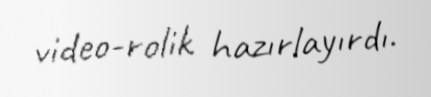
video-rolik hazırlayırdı.